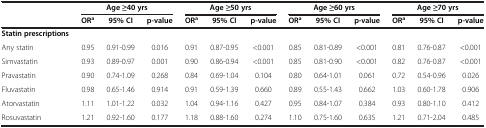
<table><thead><tr><td></td><td colspan="3"><b>Age ≥40 yrs</b></td><td colspan="3"><b>Age ≥50 yrs</b></td><td colspan="3"><b>Age ≥60 yrs</b></td><td colspan="3"><b>Age ≥70 yrs</b></td></tr><tr><td></td><td><b>OR<sup>a</sup></b></td><td><b>95% CI</b></td><td><b>p-value</b></td><td><b>OR<sup>a</sup></b></td><td><b>95% CI</b></td><td><b>p-value</b></td><td><b>OR<sup>a</sup></b></td><td><b>95% CI</b></td><td><b>p-value</b></td><td><b>OR<sup>a</sup></b></td><td><b>95% CI</b></td><td><b>p-value</b></td></tr></thead><tbody><tr><td><b>Statin prescriptions</b></td><td></td><td></td><td></td><td></td><td></td><td></td><td></td><td></td><td></td><td></td><td></td><td></td></tr><tr><td>Any statin</td><td>0.95</td><td>0.91-0.99</td><td>0.016</td><td>0.91</td><td>0.87-0.95</td><td>&lt;0.001</td><td>0.85</td><td>0.81-0.89</td><td>&lt;0.001</td><td>0.81</td><td>0.76-0.87</td><td>&lt;0.001</td></tr><tr><td>Simvastatin</td><td>0.93</td><td>0.89-0.97</td><td>0.001</td><td>0.90</td><td>0.86-0.94</td><td>&lt;0.001</td><td>0.85</td><td>0.81-0.90</td><td>&lt;0.001</td><td>0.82</td><td>0.76-0.87</td><td>&lt;0.001</td></tr><tr><td>Pravastatin</td><td>0.90</td><td>0.74-1.09</td><td>0.268</td><td>0.84</td><td>0.69-1.04</td><td>0.104</td><td>0.80</td><td>0.64-1.01</td><td>0.061</td><td>0.72</td><td>0.54-0.96</td><td>0.026</td></tr><tr><td>Fluvastatin</td><td>0.98</td><td>0.65-1.46</td><td>0.914</td><td>0.91</td><td>0.59-1.39</td><td>0.660</td><td>0.89</td><td>0.55-1.43</td><td>0.662</td><td>1.03</td><td>0.60-1.78</td><td>0.906</td></tr><tr><td>Atorvastatin</td><td>1.11</td><td>1.01-1.22</td><td>0.032</td><td>1.04</td><td>0.94-1.16</td><td>0.427</td><td>0.95</td><td>0.84-1.07</td><td>0.384</td><td>0.93</td><td>0.80-1.10</td><td>0.412</td></tr><tr><td>Rosuvastatin</td><td>1.21</td><td>0.92-1.60</td><td>0.177</td><td>1.18</td><td>0.88-1.60</td><td>0.274</td><td>1.10</td><td>0.75-1.60</td><td>0.635</td><td>1.21</td><td>0.71-2.04</td><td>0.485</td></tr></tbody></table>